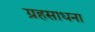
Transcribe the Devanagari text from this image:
ग्रहसाधना